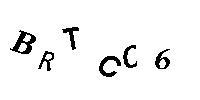
BRTCC6